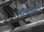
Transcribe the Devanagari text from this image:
हल्पर्न